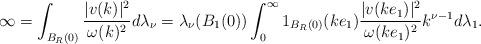
LaTeX: \begin{align*}\infty=\int_{B_R(0)}\frac{\lvert v(k)\lvert^2 }{\omega(k)^2}d\lambda_\nu=\lambda_\nu(B_1(0))\int_{0}^\infty 1_{B_R(0)}(ke_1)\frac{\lvert v(ke_1)\lvert^2 }{\omega(ke_1)^2}k^{\nu-1}d\lambda_1.\end{align*}